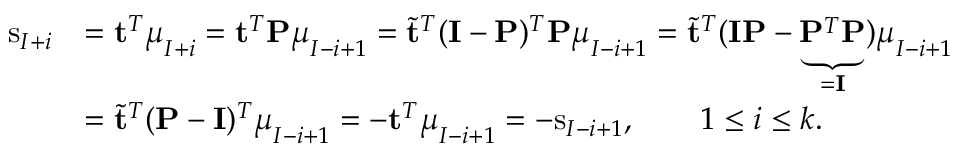
\begin{array} { r l } { \mathrm { s } _ { I + i } } & { = \mathbf { t } ^ { T } \boldsymbol { \mu } _ { I + i } = \mathbf { t } ^ { T } \mathbf { P } \boldsymbol { \mu } _ { I - i + 1 } = \tilde { \mathbf { t } } ^ { T } ( \mathbf { I } - \mathbf { P } ) ^ { T } \mathbf { P } \boldsymbol { \mu } _ { I - i + 1 } = \tilde { \mathbf { t } } ^ { T } ( \mathbf { I } \mathbf { P } - \underbrace { \mathbf { P } ^ { T } \mathbf { P } } _ { = \mathbf { I } } ) \boldsymbol { \mu } _ { I - i + 1 } } \\ & { = \tilde { \mathbf { t } } ^ { T } ( \mathbf { P } - \mathbf { I } ) ^ { T } \boldsymbol { \mu } _ { I - i + 1 } = - \mathbf { t } ^ { T } \boldsymbol { \mu } _ { I - i + 1 } = - \mathrm { s } _ { I - i + 1 } , \qquad 1 \leq i \leq k . } \end{array}